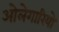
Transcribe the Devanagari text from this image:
ओलेगारियो